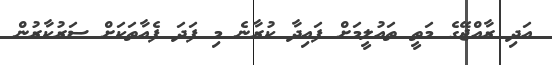
އަދި ރާއްޖޭގެ މަތީ ތައުލީމަށް ފައިދާ ކުރާނެ މި ފަދަ ފެއާތަކަށް ސަރުކާރުން